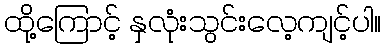
ထို့ကြောင့် နှလုံးသွင်းလေ့ကျင့်ပါ။